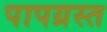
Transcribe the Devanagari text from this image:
पापग्रस्त